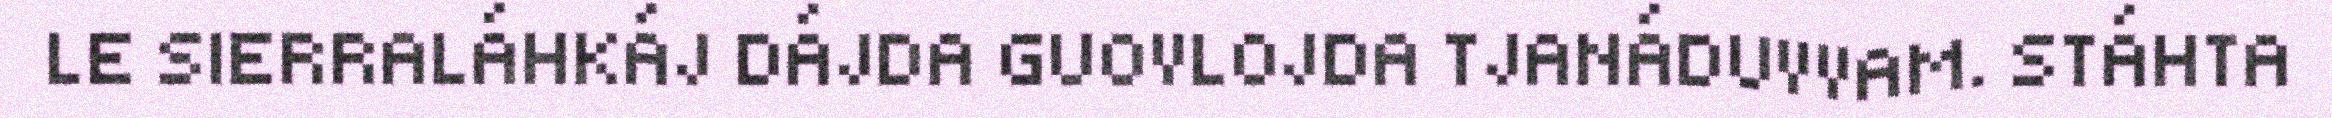
LE SIERRALÁHKÁJ DÁJDA GUOVLOJDA TJANÁDUVVAM. STÁHTA